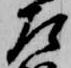
左